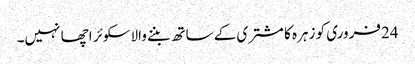
24فروری کو زہرہ کا مشتری کے ساتھ بننے والاسکوئر اچھا نہیں۔